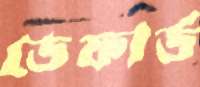
ডেফার্ড